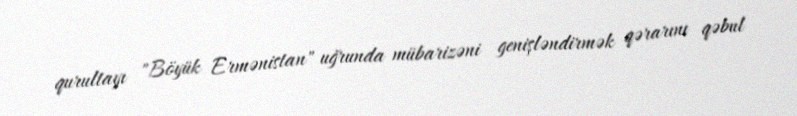
qurultayı "Böyük Ermənistan" uğrunda mübarizəni genişləndirmək qərarını qəbul